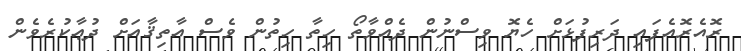
ރޮއެރޮއެފައި ދަރިފުޅަށް ހެޔޮ ވިސްނުން ދެއްވާތޯ ހިތާ ހިތުން ވެސް އާތިޤާއަށް ދުޢާކުރެވެން